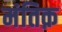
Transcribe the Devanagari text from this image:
मंतिक़